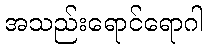
အသည်းရောင်ရောဂါ